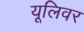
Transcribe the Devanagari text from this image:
यूलिवर